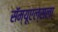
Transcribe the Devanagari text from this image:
सॅम्यूएल्सला